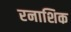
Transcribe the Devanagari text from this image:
रनाशिक